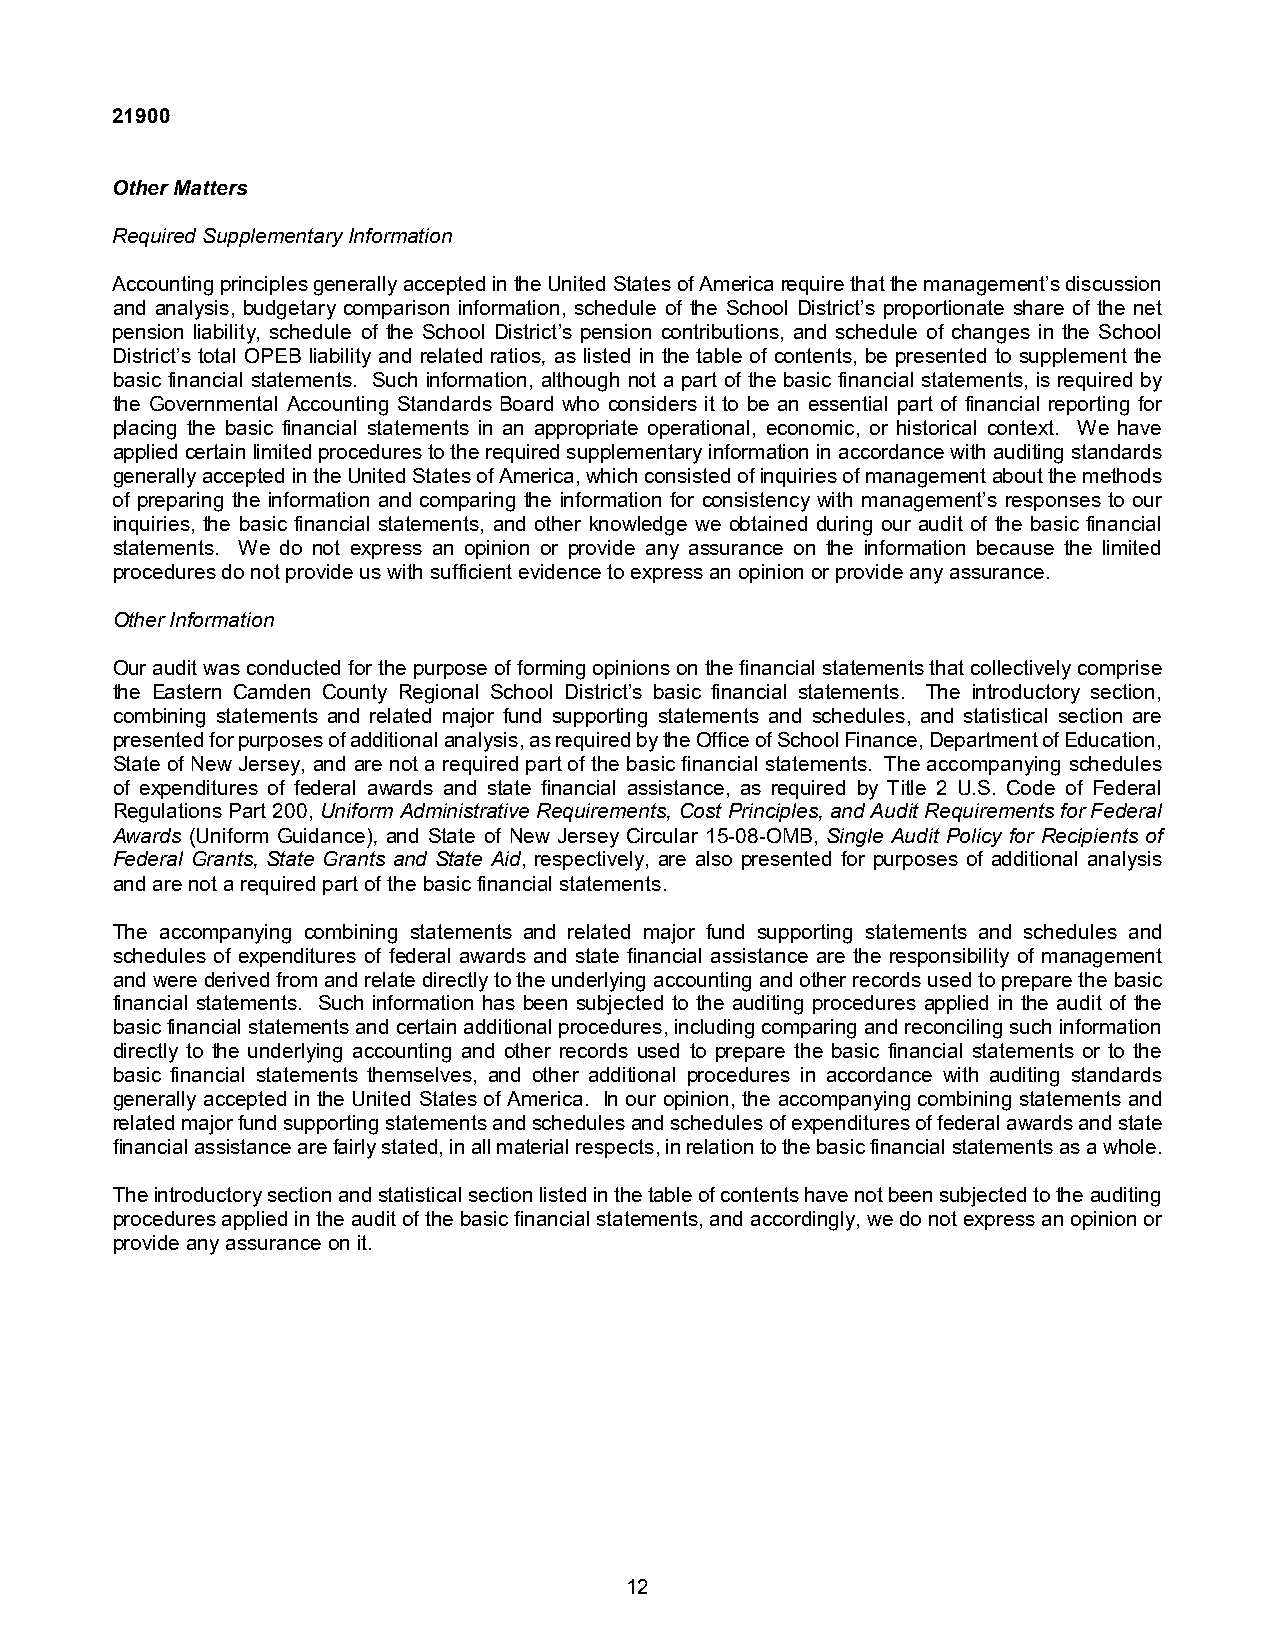
21900
 Other Matters
 Required Supplementary Information
 Accounting principles generally accepted in the United States of America require that the management’s discussion
 and analysis, budgetary comparison information, schedule of the School District’s proportionate share of the net
 pension liability, schedule of the School District’s pension contributions, and schedule of changes in the School
 District’s total OPEB liability and related ratios, as listed in the table of contents, be presented to supplement the
 basic financial statements. Such information, although not a part of the basic financial statements, is required by
 the Governmental Accounting Standards Board who considers it to be an essential part of financial reporting for
 placing the basic financial statements in an appropriate operational, economic, or historical context. We have
 applied certain limited procedures to the required supplementary information in accordance with auditing standards
 generally accepted in the United States of America, which consisted of inquiries of management about the methods
 of preparing the information and comparing the information for consistency with management’s responses to our
 inquiries, the basic financial statements, and other knowledge we obtained during our audit of the basic financial
 statements. We do not express an opinion or provide any assurance on the information because the limited
 procedures do not provide us with sufficient evidence to express an opinion or provide any assurance.
 Other Information
 Our audit was conducted for the purpose of forming opinions on the financial statements that collectively comprise
 the Eastern Camden County Regional School District’s basic financial statements. The introductory section,
 combining statements and related major fund supporting statements and schedules, and statistical section are
 presented for purposes of additional analysis, as required by the Office of School Finance, Department of Education,
 State of New Jersey, and are not a required part of the basic financial statements. The accompanying schedules
 of expenditures of federal awards and state financial assistance, as required by Title 2 U.S. Code of Federal
 Regulations Part 200, Uniform Administrative Requirements, Cost Principles, and Audit Requirements for Federal
 Awards (Uniform Guidance), and State of New Jersey Circular 15-08-OMB, Single Audit Policy for Recipients of
 Federal Grants, State Grants and State Aid, respectively, are also presented for purposes of additional analysis
 and are not a required part of the basicfinancial statements.
 The accompanying combining statements and related major fund supporting statements and schedules and
 schedules of expenditures of federal awards and state financial assistance are the responsibility of management
 andwerederived from and relate directly to the underlying accounting and other records used to prepare the basic
 financial statements. Such information has been subjected to the auditing procedures applied in the audit of the
 basic financial statements and certain additional procedures, including comparing and reconciling such information
 directly to the underlying accounting and other records used to prepare the basic financial statements or to the
 basic financial statements themselves, and other additional procedures in accordance with auditing standards
 generally accepted in the United States of America. In our opinion, the accompanying combining statements and
 related major fund supporting statements and schedules and schedules of expenditures of federal awards and state
 financial assistance arefairly stated,in all material respects,in relation to the basic financial statements as a whole.
 Theintroductory section and statistical section listed in the table of contents have notbeen subjected to the auditing
 procedures applied in the audit of the basic financial statements, and accordingly, we do not express an opinion or
 provide any assurance onit.
 12